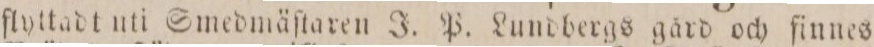
flyttadt uti Smedmäſtaren J. P. Lundbergs gård och finnes